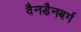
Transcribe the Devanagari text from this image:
वैनडैनबर्ग